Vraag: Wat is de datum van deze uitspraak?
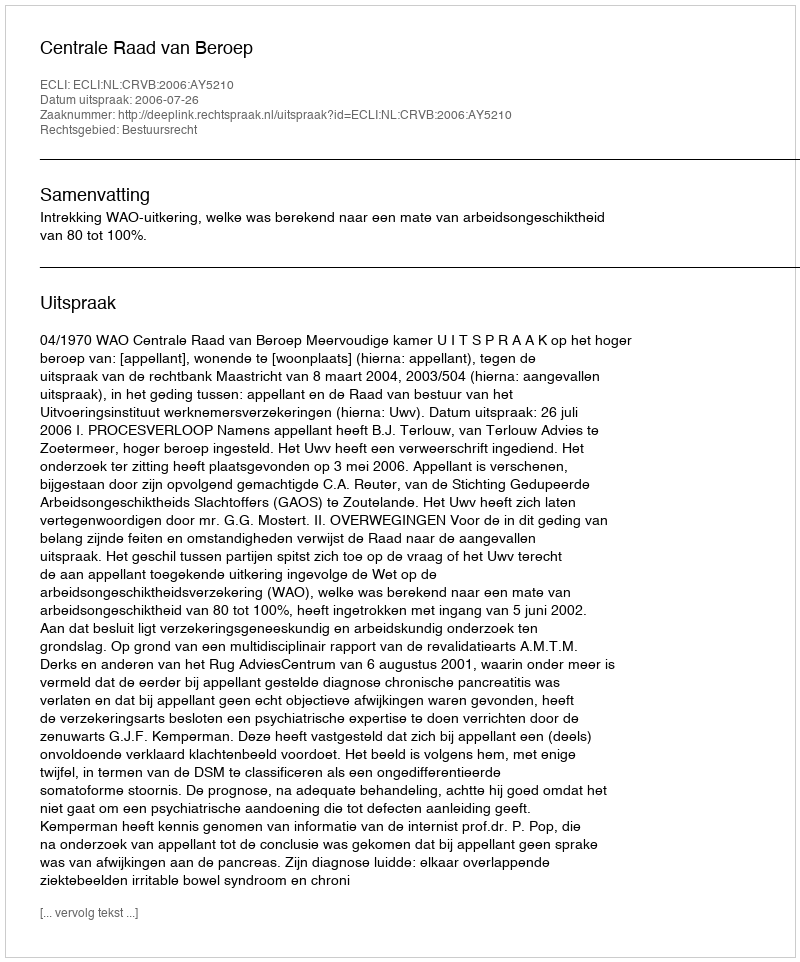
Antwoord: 2006-07-26